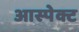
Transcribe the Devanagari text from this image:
आस्पेक्ट